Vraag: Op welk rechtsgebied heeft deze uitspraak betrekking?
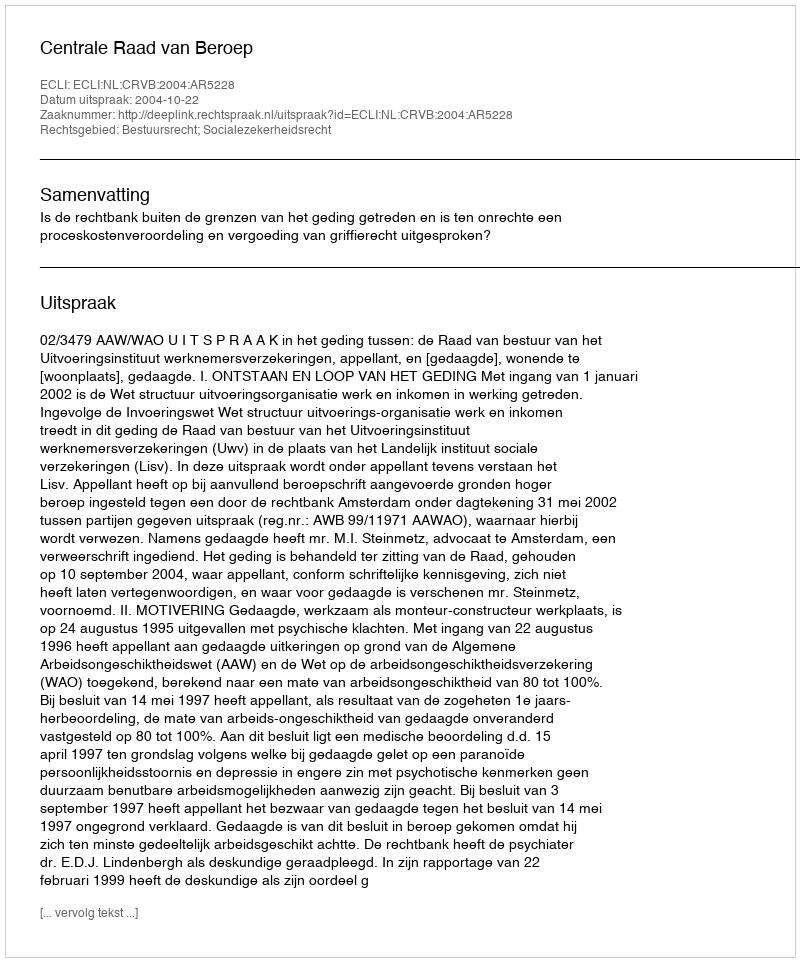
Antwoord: Bestuursrecht; Socialezekerheidsrecht